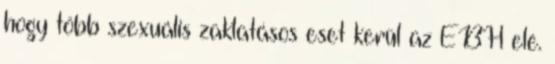
hogy több szexuális zaklatásos eset kerül az EBH elé.